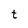
Character: t